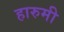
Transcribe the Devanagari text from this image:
हारुमी